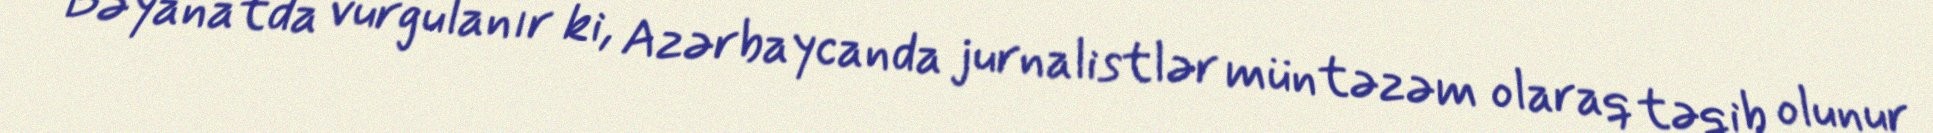
Bəyanatda vurğulanır ki, Azərbaycanda jurnalistlər müntəzəm olaraq təqib olunur